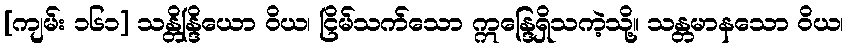
[ကျမ်း ၁၆၁] သန္တိန္ဒြိယော ဝိယ၊ ငြိမ်သက်သော ဣန္ဒြေရှိသကဲ့သို့။ သန္တမာနသော ဝိယ၊